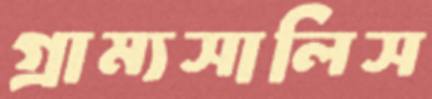
গ্রাম্যসালিস